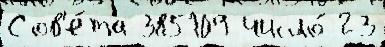
Сов'е́та 385109 число́ 23